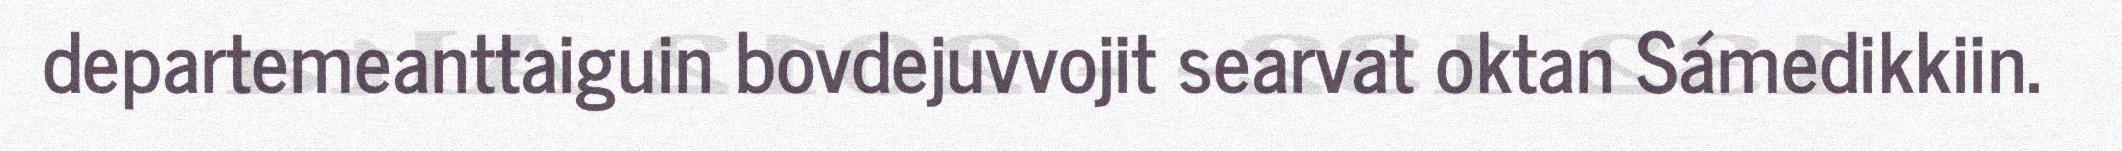
departemeanttaiguin bovdejuvvojit searvat oktan Sámedikkiin.